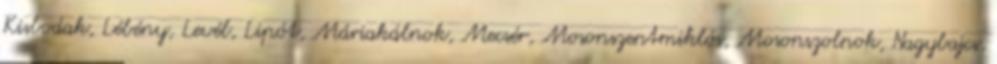
Kisbodak, Lébény, Levél, Lipót, Máriakálnok, Mecsér, Mosonszentmiklós, Mosonszolnok, Nagybajcs,